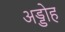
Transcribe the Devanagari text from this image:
अड्डोह